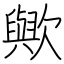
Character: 歟